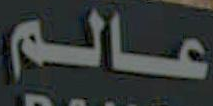
عالم